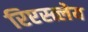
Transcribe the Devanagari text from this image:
रिएस्त्लेय